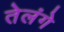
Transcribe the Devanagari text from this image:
तेलंगे